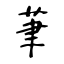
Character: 茟